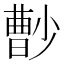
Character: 𡮦